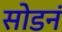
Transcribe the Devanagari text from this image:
सोडनं